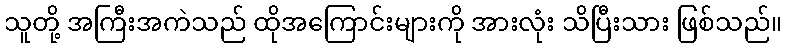
သူတို့ အကြီးအကဲသည် ထိုအကြောင်းများကို အားလုံး သိပြီးသား ဖြစ်သည်။